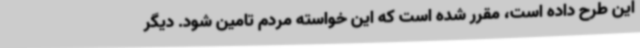
این طرح داده است، مقرر شده است که این خواسته مردم تامین شود. دیگر